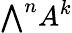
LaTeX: {\textstyle\bigwedge}^{n}A^{k}